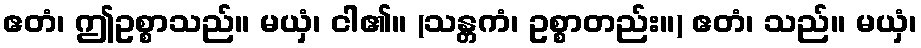
ဧတံ၊ ဤဥစ္စာသည်။ မယှံ၊ ငါ၏။ (သန္တကံ၊ ဥစ္စာတည်း။) ဧတံ၊ သည်။ မယှံ၊